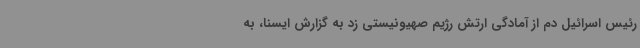
رئیس اسرائیل دم از آمادگی ارتش رژیم صهیونیستی زد به گزارش ایسنا، به